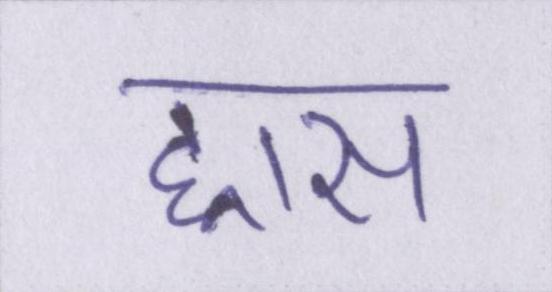
ह्रास